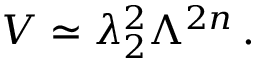
V \simeq \lambda _ { 2 } ^ { 2 } \Lambda ^ { 2 n } \, .